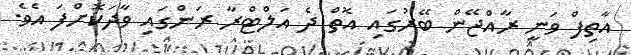
އާތިފް ވަނީ ރާއްޖޭން ބޭރުގައި އޮތް ދެ އަލްޓްރާ ރަންގައި ވާދަކޮށްފަ އެވެ.